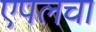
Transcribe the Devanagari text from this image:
एपलचा